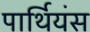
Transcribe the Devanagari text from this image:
पार्थियंस